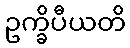
ဥက္ခိပီယတိ